Epidemic dropsy in Calcutta - Number 49
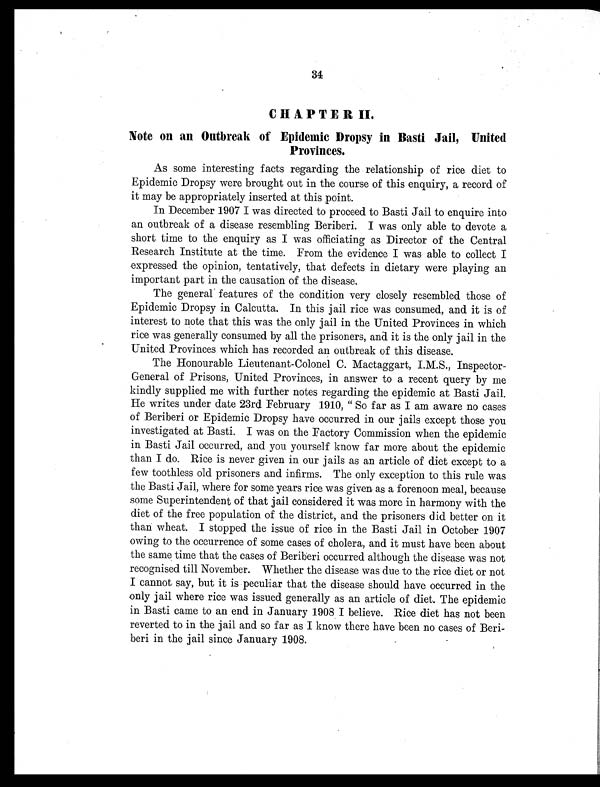
34
CHAPTER II.
Note on an Outbreak of Epidemic Dropsy in Basti Jail, United
Provinces.
As some interesting facts regarding the relationship of rice diet to
Epidemic Dropsy were brought out in the course of this enquiry, a record of
it may be appropriately inserted at this point.
In December 1907 I was directed to proceed to Basti Jail to enquire into
an outbreak of a disease resembling Beriberi. I was only able to devote a
short time to the enquiry as I was officiating as Director of the Central
Research Institute at the time. From the evidence I was able to collect I
expressed the opinion, tentatively, that defects in dietary were playing an
important part in the causation of the disease.
The general features of the condition very closely resembled those of
Epidemic Dropsy in Calcutta. In this jail rice was consumed, and it is of
interest to note that this was the only jail in the United Provinces in which
rice was generally consumed by all the prisoners, and it is the only jail in the
United Provinces which has recorded an outbreak of this disease.
The Honourable Lieutenant-Colonel C. Mactaggart, I.M.S., Inspector-
General of Prisons, United Provinces, in answer to a recent query by me
kindly supplied me with further notes regarding the epidemic at Basti Jail.
He writes under date 23rd February 1910, " So far as I am aware no cases
of Beriberi or Epidemic Dropsy have occurred in our jails except those you
investigated at Basti. I was on the Factory Commission when the epidemic
in Basti Jail occurred, and you yourself know far more about the epidemic
than I do. Rice is never given in our jails as an article of diet except to a
few toothless old prisoners and infirms. The only exception to this rule was
the Basti Jail, where for some years rice was given as a forenoon meal, because
some Superintendent of that jail considered it was more in harmony with the
diet of the free population of the district, and the prisoners did better on it
than wheat. I stopped the issue of rice in the Basti Jail in October 1907
owing to the occurrence of some cases of cholera, and it must have been about
the same time that the cases of Beriberi occurred although the disease was not
recognised till November. Whether the disease was due to the rice diet or not
I cannot say, but it is peculiar that the disease should have occurred in the
only jail where rice was issued generally as an article of diet. The epidemic
in Basti came to an end in January 1908 I believe. Rice diet has not been
reverted to in the jail and so far as I know there have been no cases of Beri-
beri in the jail since January 1908.